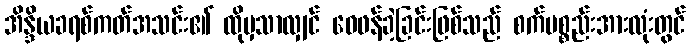
အိန္ဒိယခရစ်ကတ်အသင်း၏ ထိုမှသာလျှင် ဝေဖန်ခဲ့ခြင်းဖြစ်သည် စက်ပစ္စည်းအားလုံးတွင်